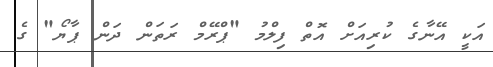
އަކީ އޭނާގެ ކުރިއަށް އޮތް ފިލްމު "ޕްރޭމް ރަތަން ދަން ޕާޔޯ" ގެ